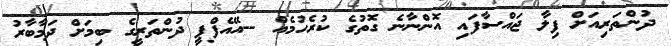
ދުންތަރިއަށް ފިލާ ޖައްސާފައި އޮންނާނެ ގޮތުގެ ކުރެހުމެއް --އޭއެފްޕީ ދުންތަރީގެ ބިމަށް ދަމާބާރު